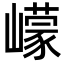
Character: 㠓